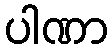
ပါဏာ